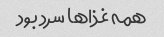
همه غذاها سرد بود